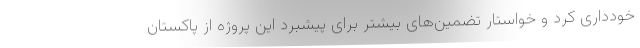
خودداری کرد و خواستار تضمین‌های بیشتر برای پیشبرد این پروژه از پاکستان